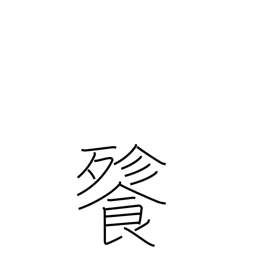
Meaning: voracious